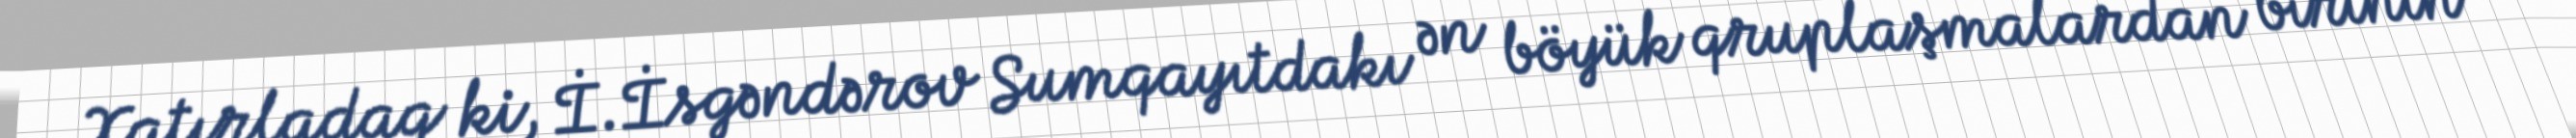
Xatırladaq ki, İ.İsgəndərov Sumqayıtdakı ən böyük qruplaşmalardan birinin